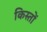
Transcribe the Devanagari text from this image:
किस्‍तों